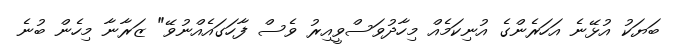
ބަޔަކު އުޅޭނެ އަހަރެންގެ އުނިކަމެއް މިހާދުވަސްވީއިރު ވެސް ފާހަގައެއްނުވޭ" ޒަރާނާ މިހެން ބުނެ